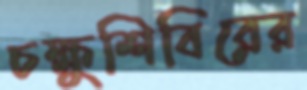
চক্ষুশিবিরের